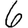
Digit: 6